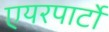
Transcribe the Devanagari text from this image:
एयरपार्टो